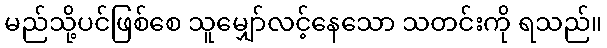
မည်သို့ပင်ဖြစ်စေ သူမျှော်လင့်နေသော သတင်းကို ရသည်။